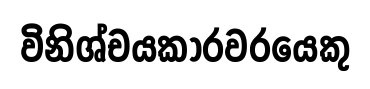
විනිශ්චයකාරවරයෙකු